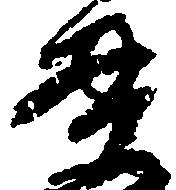
貫